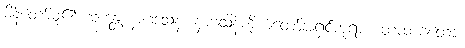
မိန့်တော်မူ၏။ ဘန္တေ နာဂသေန၊ နာဂသိန်ကိုယ်တော်အရှင်ဘုရား။ တထာဂတော၊